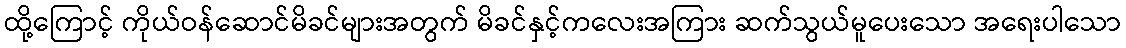
ထို့ကြောင့် ကိုယ်ဝန်ဆောင်မိခင်များအတွက် မိခင်နှင့်ကလေးအကြား ဆက်သွယ်မူပေးသော အရေးပါသော